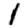
Digit: 1